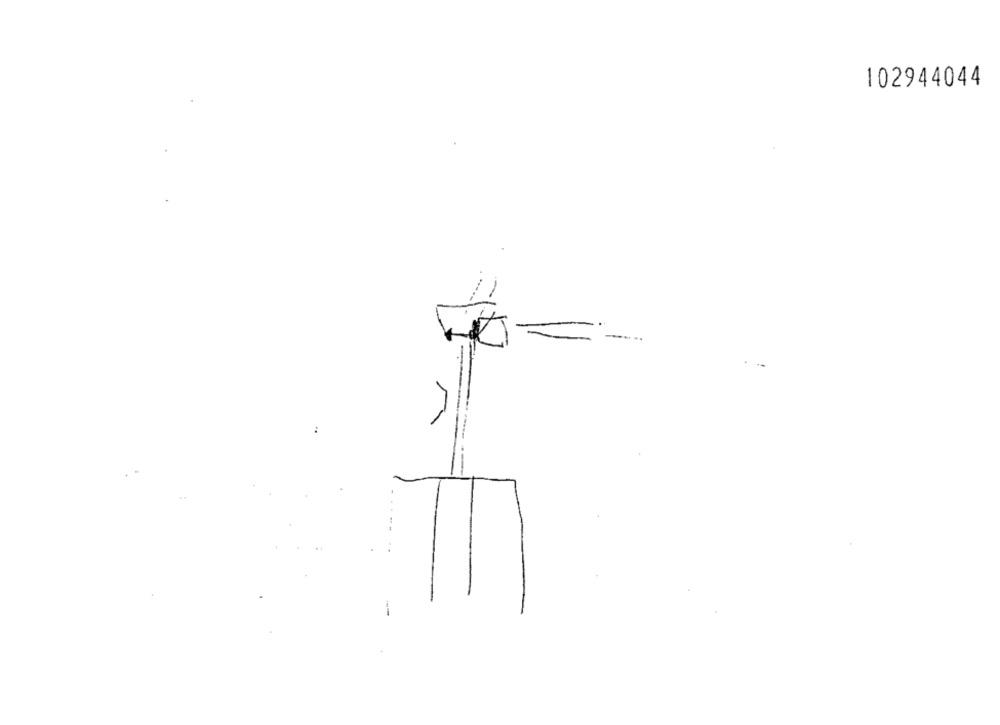
102944044